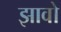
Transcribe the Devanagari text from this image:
झावो